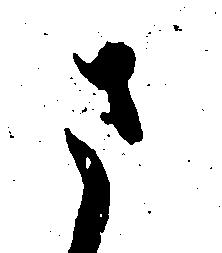
さ